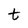
Character: t